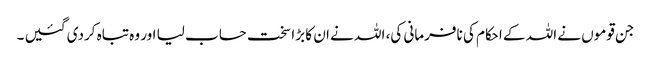
جن قوموں نے اللہ کے احکام کی نافرمانی کی، اللہ نے ان کا بڑا سخت حساب لیا اور وہ تباہ کردی گئیں ۔